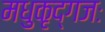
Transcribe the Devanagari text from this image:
मधुकृद्गजः